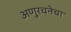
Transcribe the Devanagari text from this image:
अणुरचनेचा